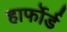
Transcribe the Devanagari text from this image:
हार्फोर्ड